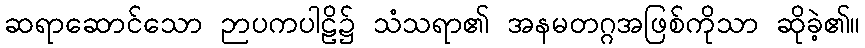
ဆရာဆောင်သော ဉာပကပါဠိ၌ သံသရာ၏ အနမတဂ္ဂအဖြစ်ကိုသာ ဆိုခဲ့၏။